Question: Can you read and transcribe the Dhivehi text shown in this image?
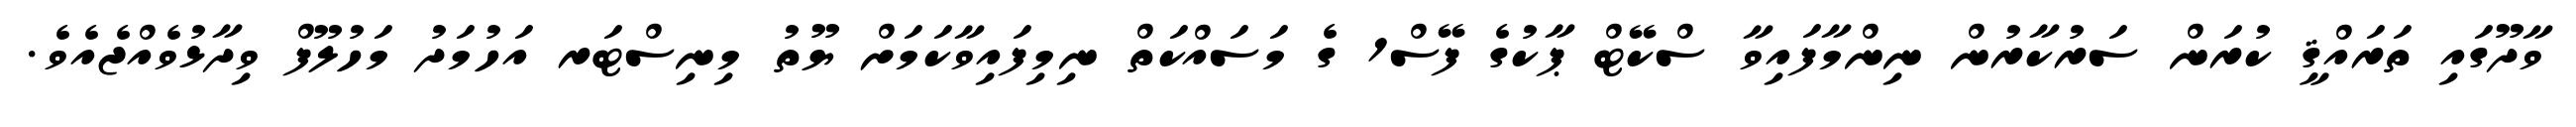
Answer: ވާދޫގައި ތަރައްޤީ ކުރަން ސަރުކާރުން ނިންމާފައިވާ ސްކޭޓް ޕާކުގެ ފޭސް1 ގެ މަސައްކަތް ނިމިފައިވާކަމަށް ޔޫތު މިނިސްޓަރ އަހުމަދު މަހުލޫފް ވިދާޅުވެއްޖެއެވެ.